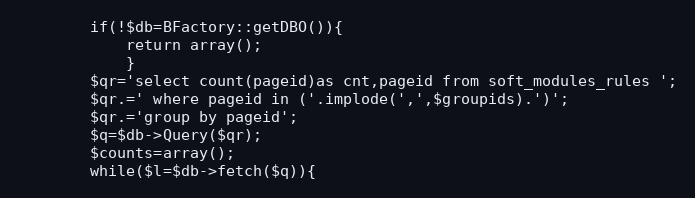
Language: PHP
		if(!$db=BFactory::getDBO()){
			return array();
			}
		$qr='select count(pageid)as cnt,pageid from soft_modules_rules ';
		$qr.=' where pageid in ('.implode(',',$groupids).')';
		$qr.='group by pageid';
		$q=$db->Query($qr);
		$counts=array();
		while($l=$db->fetch($q)){